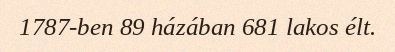
1787-ben 89 házában 681 lakos élt.